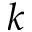
k